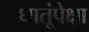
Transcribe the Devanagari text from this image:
धातूंपेक्षा